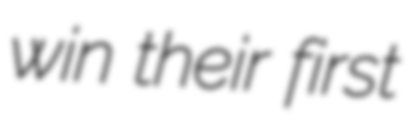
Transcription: win their first